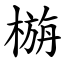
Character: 㮵